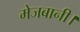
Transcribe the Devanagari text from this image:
मेजबानी।